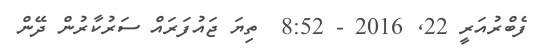
ފެބްރުއަރީ 22